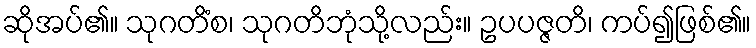
ဆိုအပ်၏။ သုဂတိံစ၊ သုဂတိဘုံသို့လည်း။ ဥပပဇ္ဇတိ၊ ကပ်၍ဖြစ်၏။